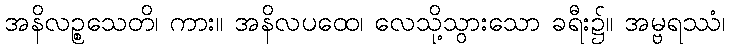
အနိလဉ္စသေတိ၊ ကား။ အနိလပထေ၊ လေသို့သွားသော ခရီး၌။ အမ္ဗရဿံ၊